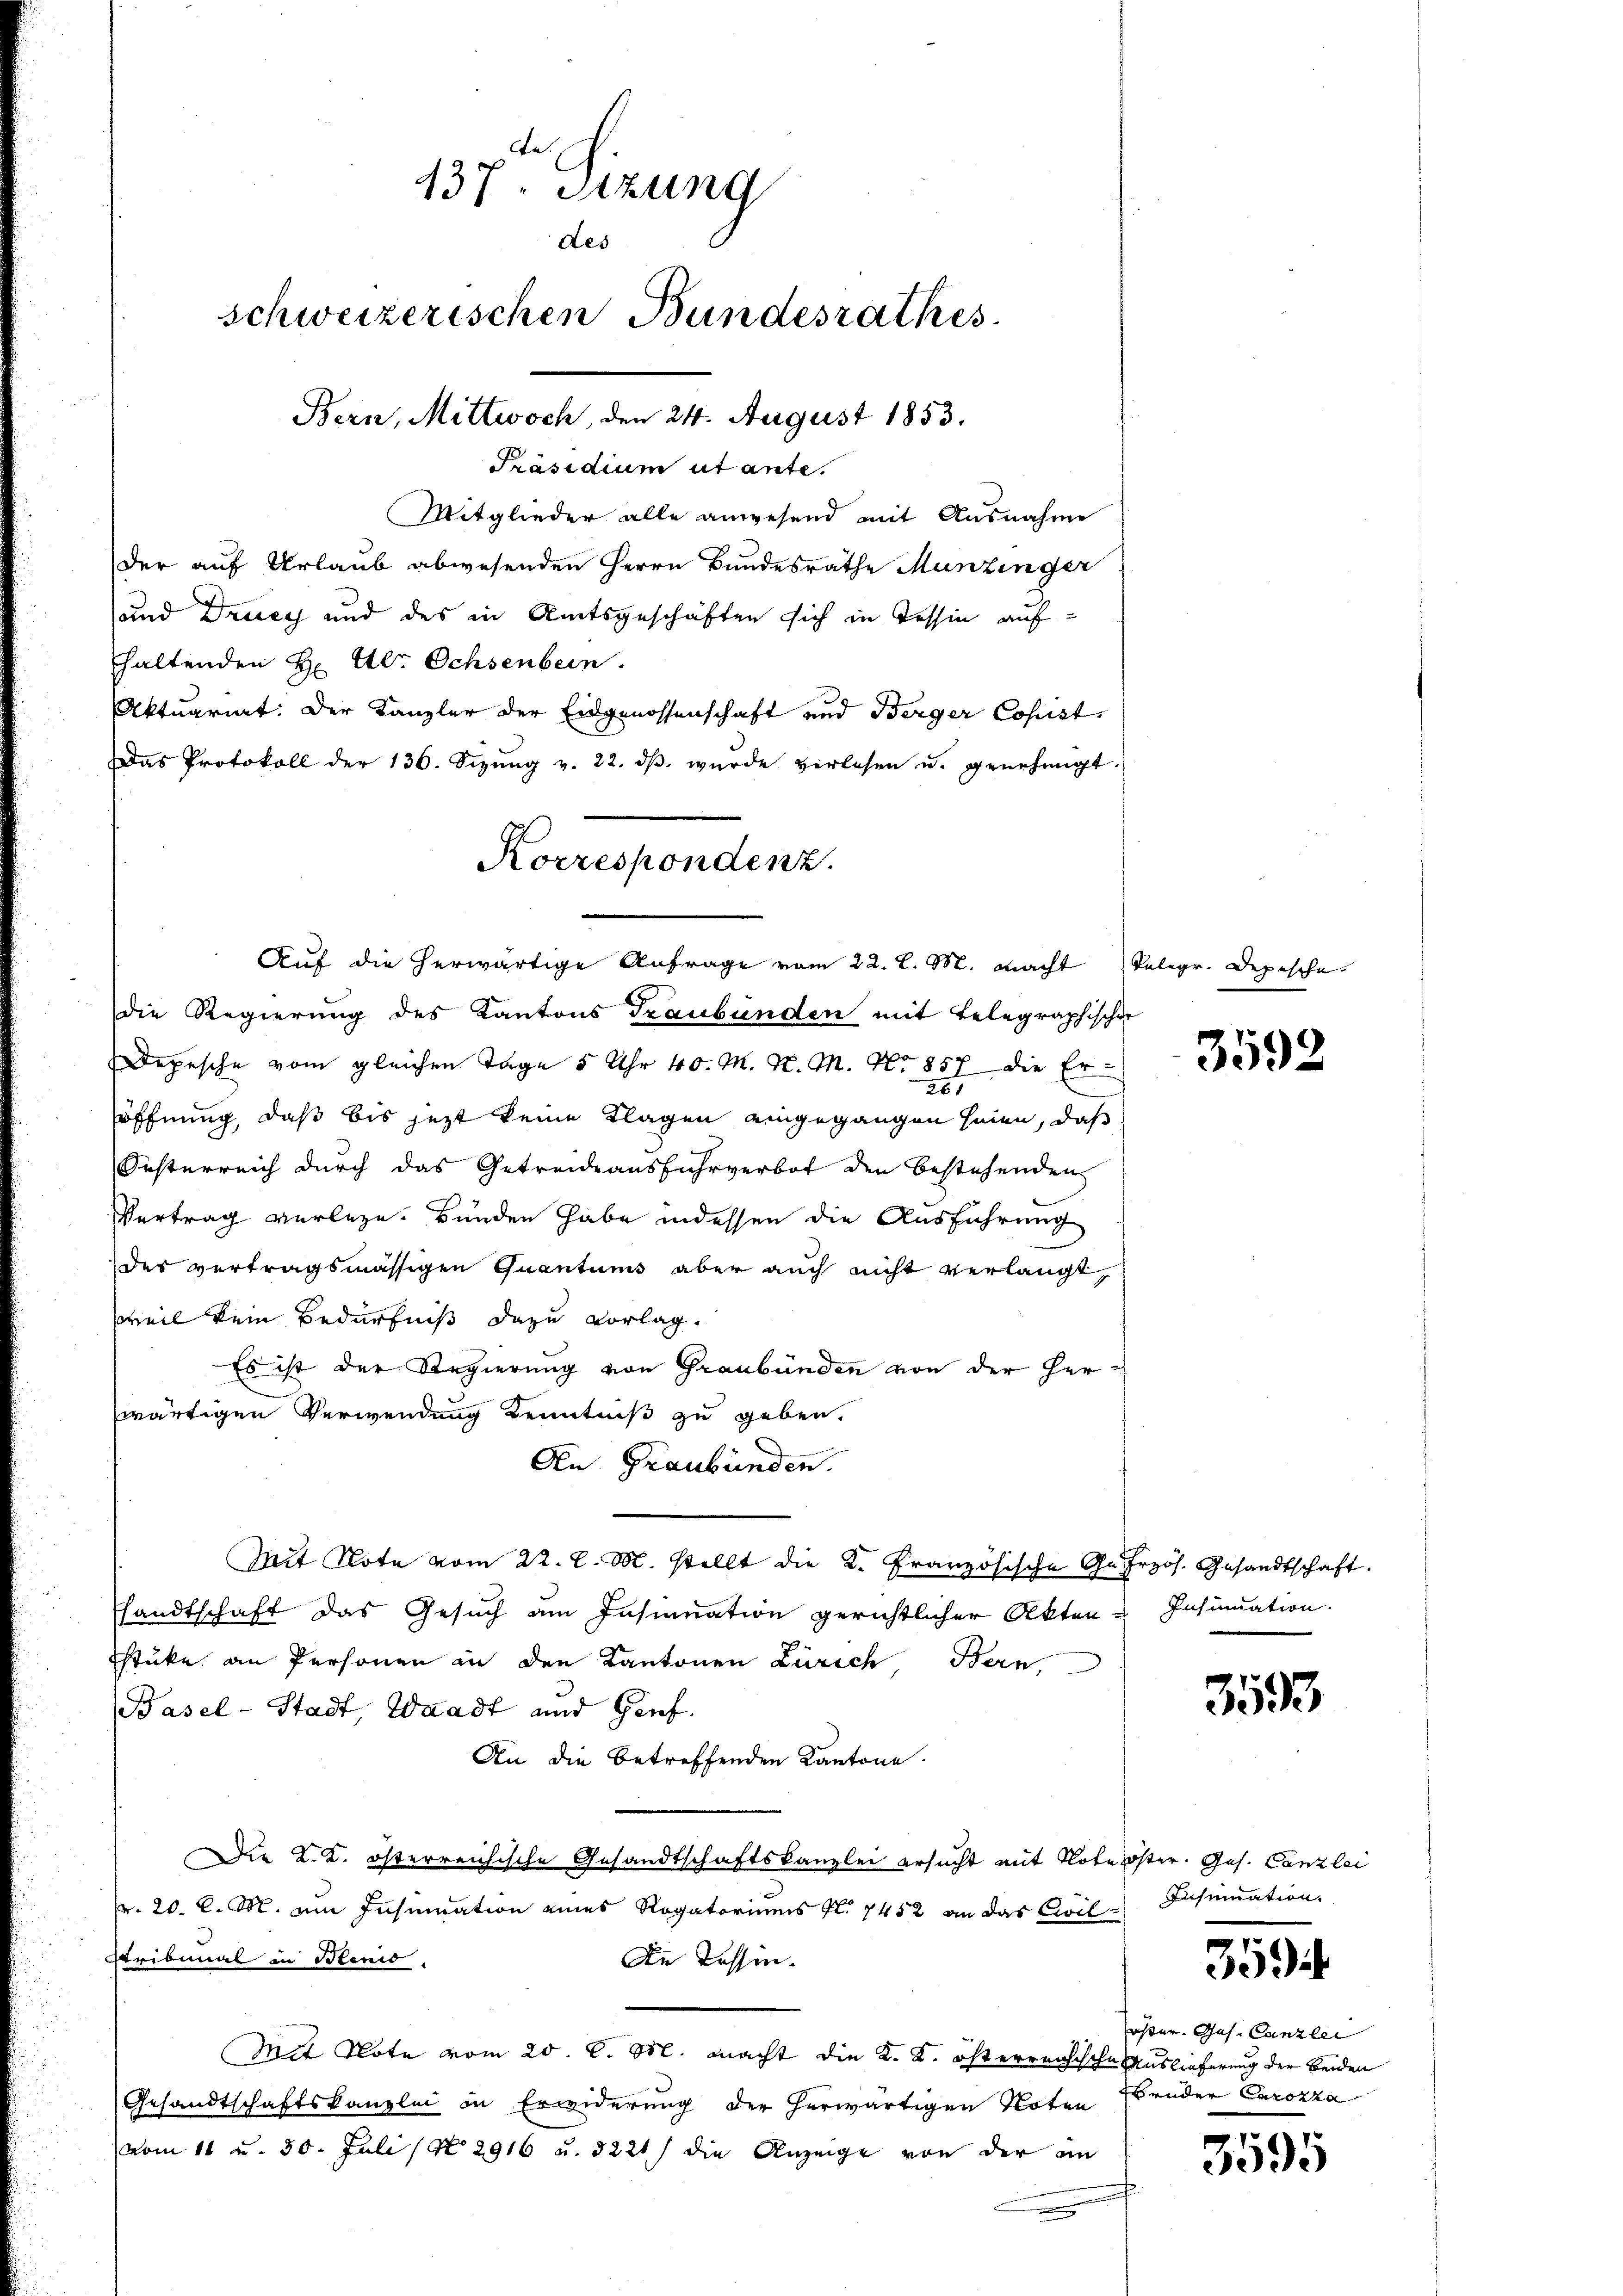
137. Sitzung
des
schweizerischen Bundesrathes
Bern, Mittwoch, den 24. August 1853.

Präsidium ut ante.
Mitglieder alle anwesend mit Ausnahme
der auf Urlaub abwesenden Herrn Bundesräthe Munzinger
und Drucy und des in Amtsgeschäften sich in Tessin aufhaltenden H. Ulr. Ochsenbein.
Aktuariat. Der Kanzler der Eidgenossenschaft und Berger Copist
Das Protokoll der 136. Sizŭng v. 22. dβ wŭrde verlesen u. genehmigt.
die Regierung des Kantons Graubünden mit Telegraphischen
Depesche vom gleichen Tage 5 Uhr 40. M. v. M. No 857 die Er¬
261
öffnung, daß bis jezt keine Klagen eingegangen seien, daß
Sichterreich durch das Getreide ausfuhrverbot den bestehenden
Vertrag verlege. Bunden habe indessen die Ausführung
des vertragsmässigen Quantums aber auch nicht verlangt,
weil kein Bedürfniß dazu vorlag.
Es ist der Regierung von Graubünden von der Herwärtigen Verwendung Kenntniß zu geben.
An Graubünden.
Mit Note vom 22. l. M. stellt die K. Französische Gefrzös. Gesandtschaft.
sandtschaft das Gesuch am Insinuation gerichtlicher Akten u Insinuation.
stüke an Personen in den Kantonen Zürich, Bern,
Basel-Stadt, Waadt und Genf.
An die betreffenden Kantone.
Die K. K. österreichische Gesandtschaftskanzlei ersucht mit Note öster. Ges. Canzlei
r. 20. C. M. ein Insumation eines Rogatoriums fl. 1452 an das Civil
ribimal in Schend
De Tessin.
Mit Note vom 20. C. M. macht die K. K. österreichische Auslieferung der beiden
Gesandtschaftskanzlei in Erwiderung der herwärtigen Noten
vom 11 u. 30. Juli (N 2916 u. 3221) die Anzeige von der an

Korrespondenz.
Auf die herwärtige Anfrage vom 22. l. M. macht Telegr. Depesche

3592

3593

Insumnation.

3594

öster. Ges. Canzlei
brüder Carokka

3595